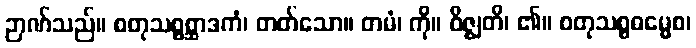
ဉာဏ်သည်။ စတုသစ္စစ္ဆာဒကံ၊ တတ်သော။ တမံ၊ ကို။ ဝိဇ္ဈတိ၊ ၏။ စတုသစ္စဓမ္မေစ၊